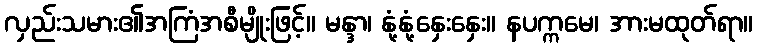
လှည်းသမား၏အကြံအစီမျိုးဖြင့်။ မန္ဒာ၊ နုံ့နုံ့နှေးနှေး။ နပက္ကမေ၊ အားမထုတ်ရာ။